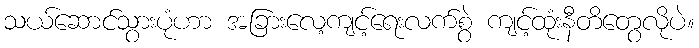
သယ်ဆောင်သွားပုံဟာ အခြားလေ့ကျင့်ရေးလက်စွဲ ကျင့်ထုံးနီတိတွေလိုပဲ။